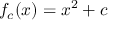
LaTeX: f _ { c } ( x ) = x ^ { 2 } + c